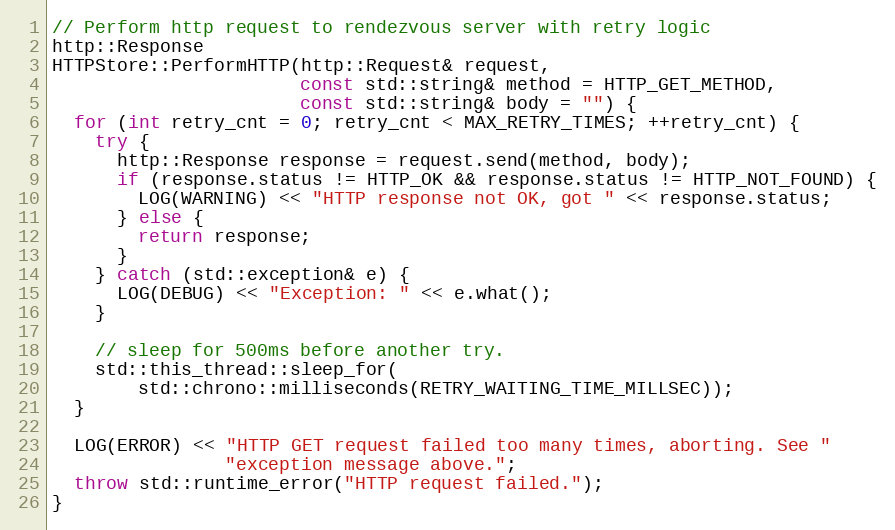
Language: C++
// Perform http request to rendezvous server with retry logic
http::Response
HTTPStore::PerformHTTP(http::Request& request,
                       const std::string& method = HTTP_GET_METHOD,
                       const std::string& body = "") {
  for (int retry_cnt = 0; retry_cnt < MAX_RETRY_TIMES; ++retry_cnt) {
    try {
      http::Response response = request.send(method, body);
      if (response.status != HTTP_OK && response.status != HTTP_NOT_FOUND) {
        LOG(WARNING) << "HTTP response not OK, got " << response.status;
      } else {
        return response;
      }
    } catch (std::exception& e) {
      LOG(DEBUG) << "Exception: " << e.what();
    }

    // sleep for 500ms before another try.
    std::this_thread::sleep_for(
        std::chrono::milliseconds(RETRY_WAITING_TIME_MILLSEC));
  }

  LOG(ERROR) << "HTTP GET request failed too many times, aborting. See "
                "exception message above.";
  throw std::runtime_error("HTTP request failed.");
}